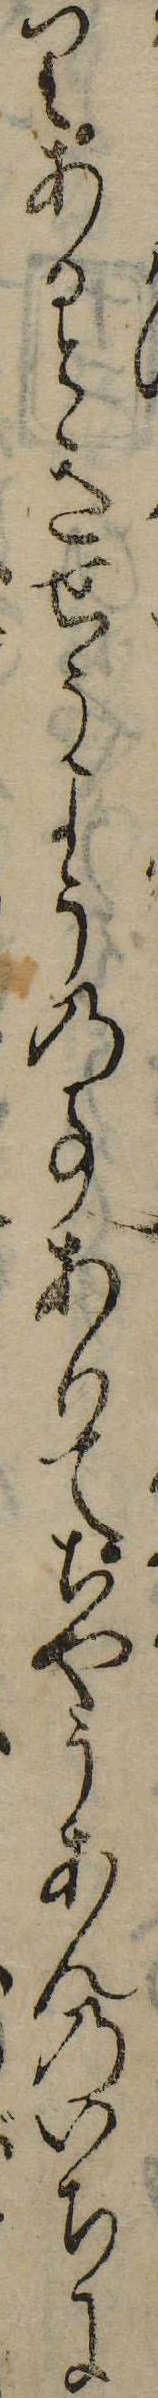
りあるときせうようの事ありてちやうあんのいちに